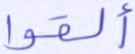
ألقوا